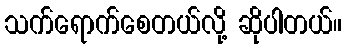
သက်ရောက်စေတယ်လို့ ဆိုပါတယ်။